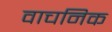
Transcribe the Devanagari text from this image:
वाचनिक